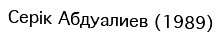
Серік Абдуалиев (1989)